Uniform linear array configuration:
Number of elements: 24
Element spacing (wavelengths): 1
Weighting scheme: blackman
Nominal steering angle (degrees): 30
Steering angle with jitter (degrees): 30.895
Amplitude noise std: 0.05
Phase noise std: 0.05

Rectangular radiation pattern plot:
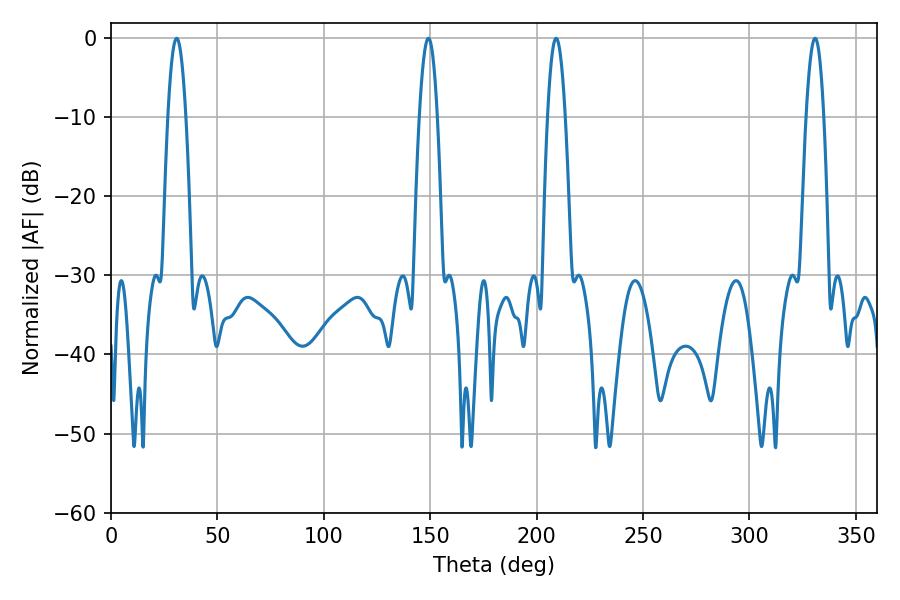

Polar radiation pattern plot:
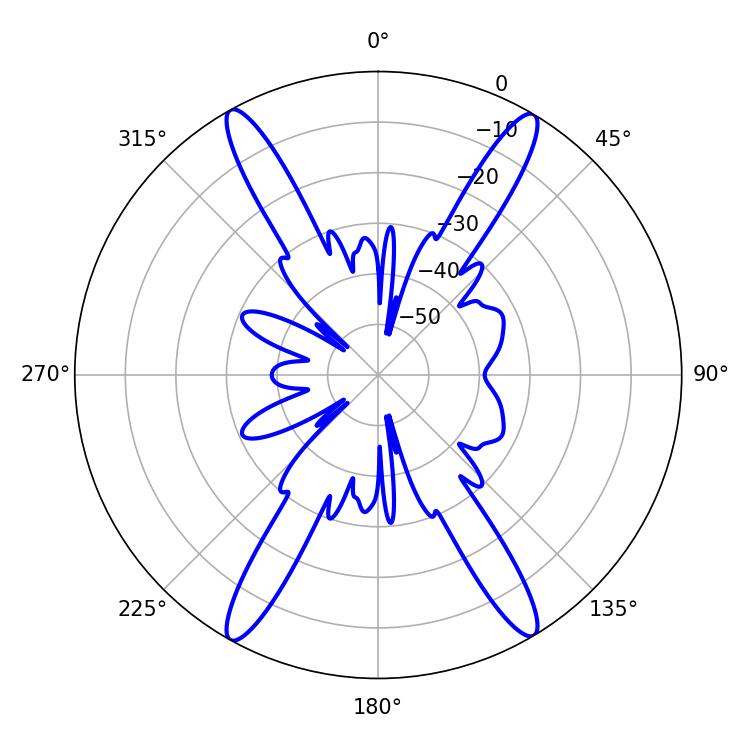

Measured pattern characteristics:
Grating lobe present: TRUE
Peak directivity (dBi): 25.243
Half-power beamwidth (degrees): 4.5
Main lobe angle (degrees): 209.16